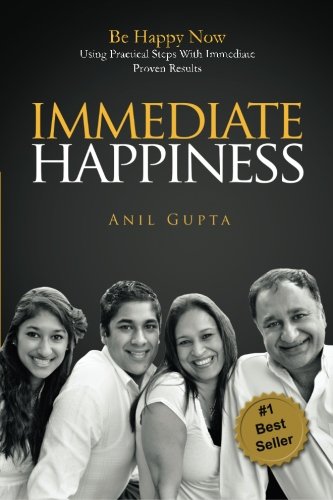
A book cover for Immediate Happiness: Be Happy NOW Using Practical Steps with Immediate Proven Results; Anil Gupta; Self-Help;